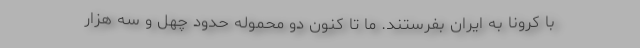
با کرونا به ایران بفرستند. ما تا کنون دو محموله حدود چهل و سه هزار